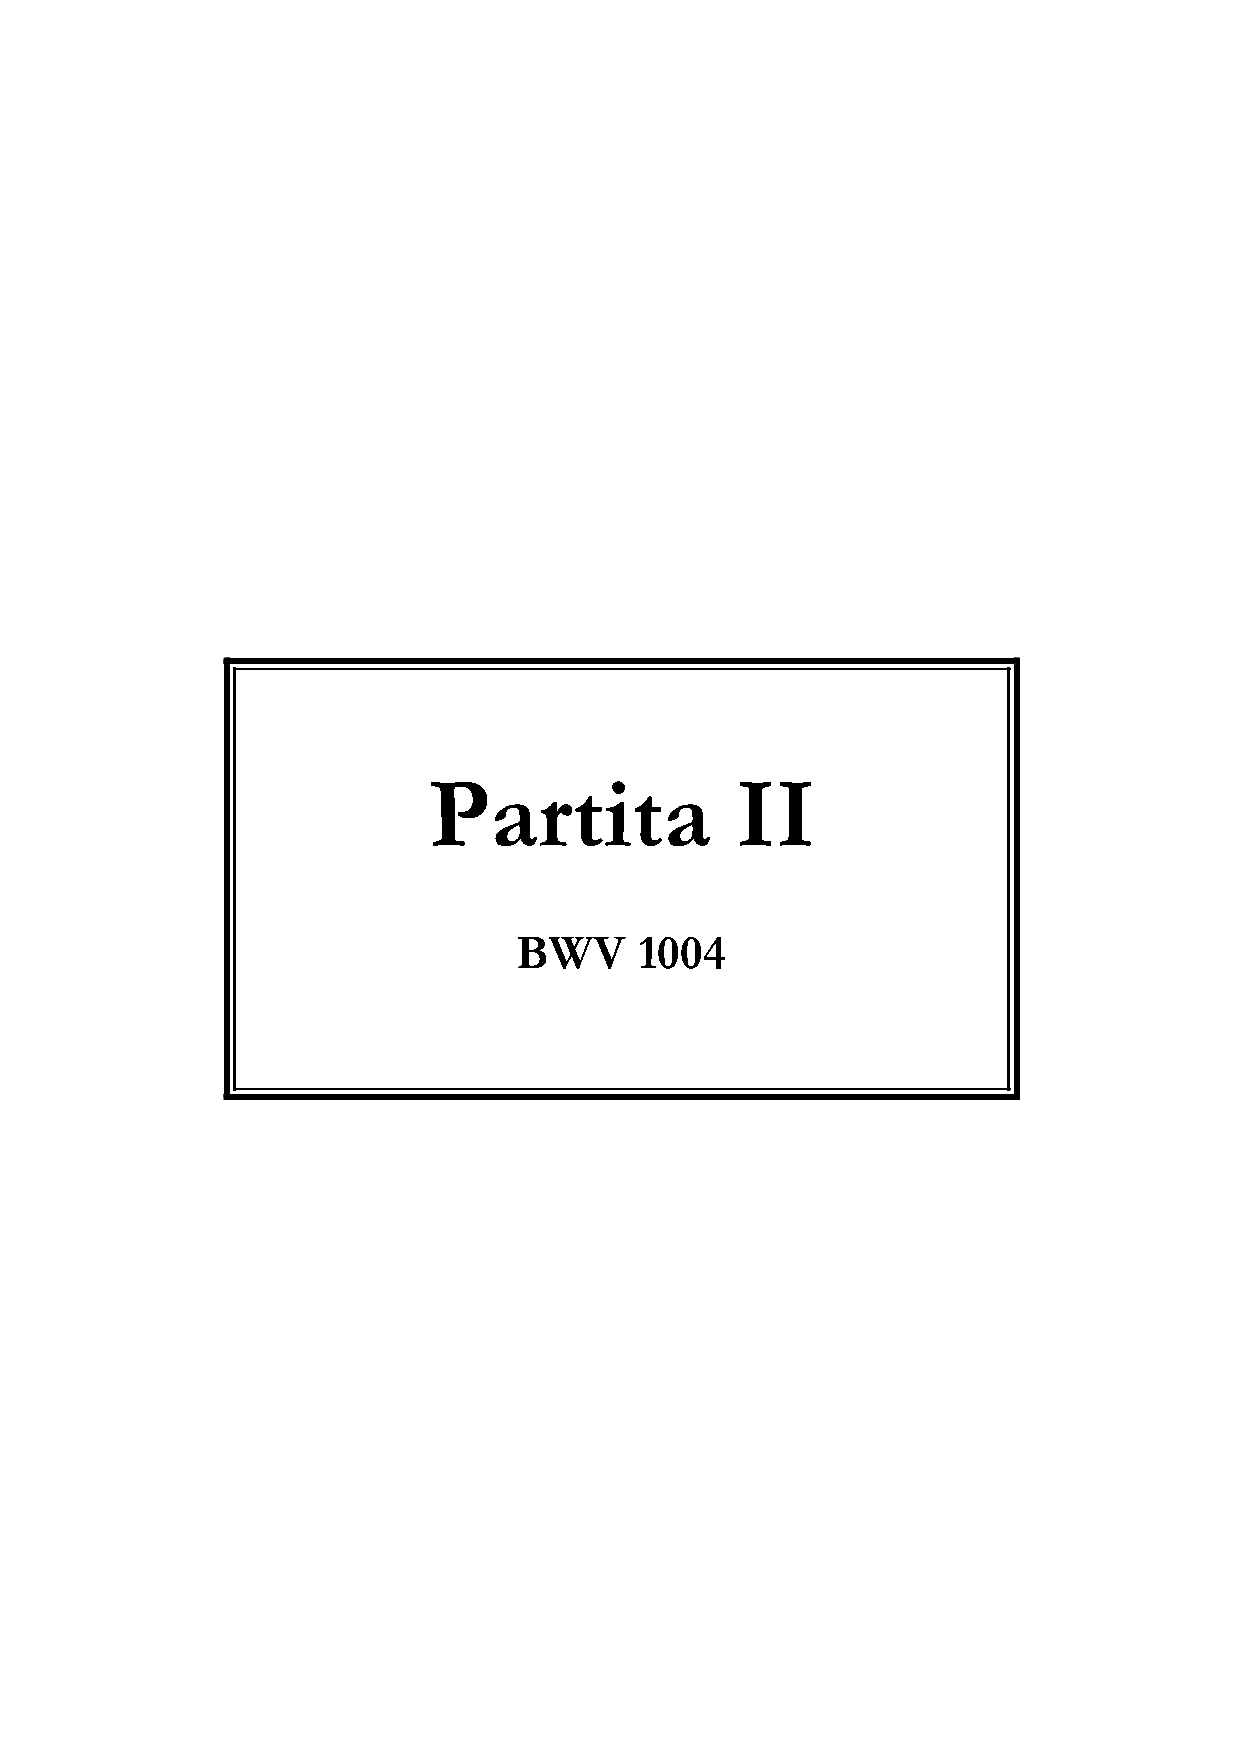
Partita              II
 BWV     1004